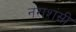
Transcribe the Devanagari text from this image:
नराशंसी